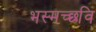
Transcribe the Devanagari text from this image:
भस्मच्छवि